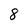
Character: 8